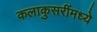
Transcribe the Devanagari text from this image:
कलाकुसरींमध्ये